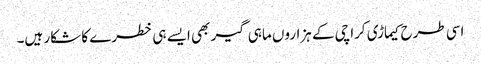
اسی طرح کیماڑی کراچی کے ہزاروں ماہی گیر بھی ایسے ہی خطرے کا شکار ہیں۔